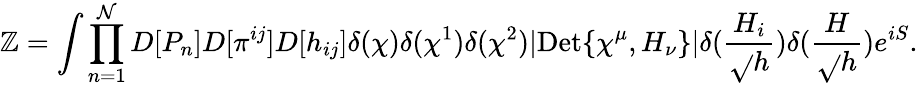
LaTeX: \mathbb{Z}=\int\prod_{n=1}^{\mathcal{{N}}}D[P_{n}]D[\pi^{ij}]D[h_{ij}]\delta(\chi)\delta(\chi^{1})\delta(\chi^{2})|\mathrm{{Det}}\{ \chi^{\mu},H_{\nu}\} |\delta(\frac{{H_{i}}}{{\sqrt{}{{h}}}})\delta(\frac{{H}}{{\sqrt{}{{h}}}})e^{iS}.